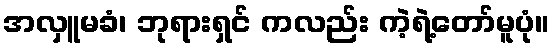
အလှူမခံ၊ ဘုရားရှင် ကလည်း ကဲ့ရဲ့တော်မူပုံ။